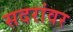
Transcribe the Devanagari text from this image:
सदरांवर